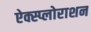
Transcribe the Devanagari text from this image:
ऐक्स्प्लोराशन